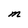
Character: M